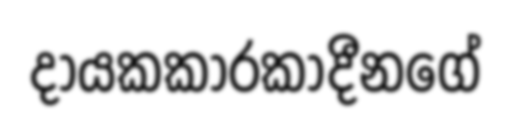
දායකකාරකාදීනගේ